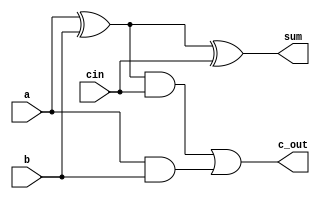
module full_adder (
input a,b,cin,
output sum, c_out);

assign sum = a^b^cin;
assign c_out = (((a^b)&cin) | (a&b)) ;

endmodule